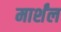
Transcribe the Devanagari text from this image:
मार्शंल